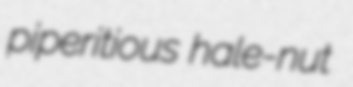
piperitious hale-nut